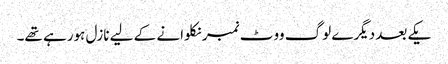
یکے بعد دیگرے لوگ ووٹ نمبر نکلوانے کے لیے نازل ہورہے تھے۔